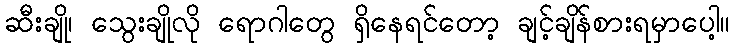
ဆီးချို၊ သွေးချိုလို ရောဂါတွေ ရှိနေရင်တော့ ချင့်ချိန်စားရမှာပေါ့။